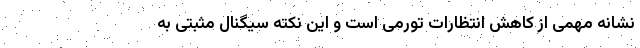
نشانه مهمی از کاهش انتظارات تورمی است و این نکته سیگنال مثبتی به